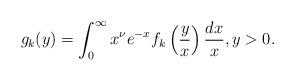
LaTeX: \begin{align*} g_k(y) = \int_0^{\infty} x^{\nu} e^{-x} f_k \left( \frac{y}{x} \right) \frac{dx}{x}, y > 0.\end{align*}